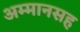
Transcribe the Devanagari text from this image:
अम्मानसह